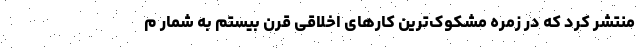
منتشر کرد که در زمره مشکوک‌ترین کارهای اخلاقی قرن بیستم به شمار م